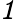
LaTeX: \mathit{1}